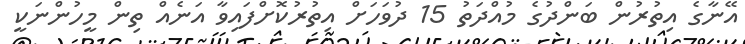
އޭނާގެ އިތުރުން ބަންދުގެ މުއްދަތު 15 ދުވަހަށް އިތުރުކޮށްފައިވާ އަނެއް ތިން މީހުންނަކީ